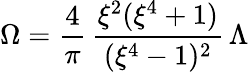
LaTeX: \Omega=\frac{4}{\pi}\, \frac{\xi^{2}(\xi^{4}+1)}{(\xi^{4}-1)^{2}}\, \Lambda